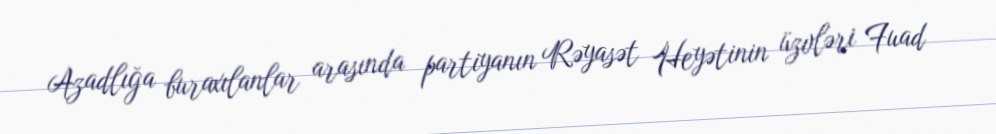
Azadlığa buraxılanlar arasında partiyanın Rəyasət Heyətinin üzvləri Fuad